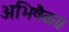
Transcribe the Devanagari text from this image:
अभिषैका।